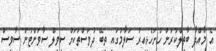
އެ މާއްދާ ބާތިލްކުރަން ހުށަހެޅިއިރު ސަލާމުގައި ތިބޭ ދުވަސްތަކަށް ސިވިލް ސާވަންޓުން ސާވިސް